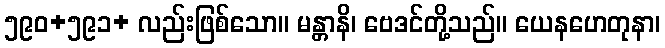
၅၉၀+၅၉၁+ လည်းဖြစ်သော။ မန္တာနိ၊ ဗေဒင်တို့သည်။ ယေနဟေတုနာ၊